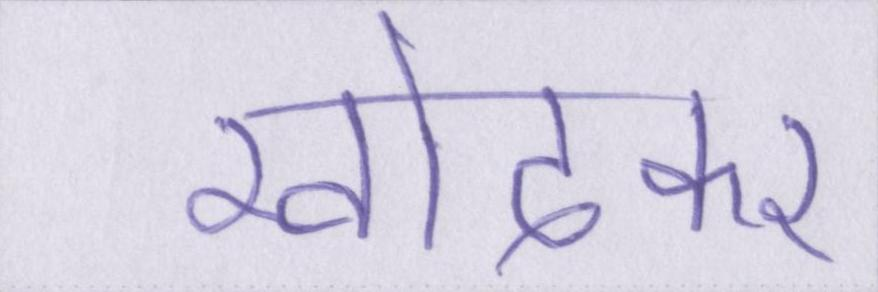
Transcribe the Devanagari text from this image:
खोदकर